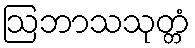
ဩဘာသသုတ္တံ